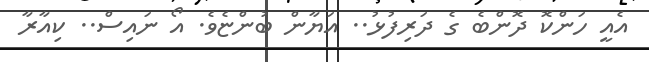
އެއީ ހަންކޮ ދޮންބެ ގެ ދަރިފުޅު.. އަޔާން ބުންޏެވެ. އޯ ނައިސް.. ކިއާރާ